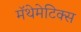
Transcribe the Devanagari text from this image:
मॅथेमेटिक्स